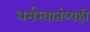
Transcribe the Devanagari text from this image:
धर्मस्वातंत्र्यही